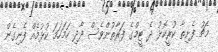
މެޗު ފެށިތާ ކުރީކޮޅު ދެ ޓީމްގެ ފަރާތުންވެސް ދާދި ހަމަހަމަ ކުޅުމެއް ފެނިގެން